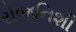
રોજનિશી